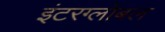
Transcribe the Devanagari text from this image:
इंटरग्लोबल